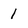
Character: 1